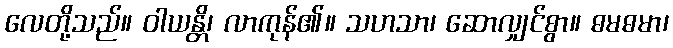
လေတို့သည်။ ဝါယန္တိ၊ လာကုန်၏။ သဟသာ၊ ဆောလျှင်စွာ။ ဓမဓမာ၊